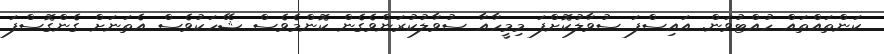
ކަންތައްތައް ހުއްޓުވަން. އައިސްފަ ސުވާލުކޮށްފަ މިމީހާއާ ސުވާލުކުރަންވެގެން ކޮންމެވެސް ޝޭހަކުވެސް އެތަނަށް ގެންގޮސްފަ